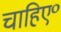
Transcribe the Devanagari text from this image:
चाहिए॰